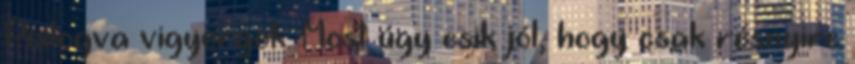
Pislogva vigyorgok. Most úgy esik jól, hogy csak résnyire